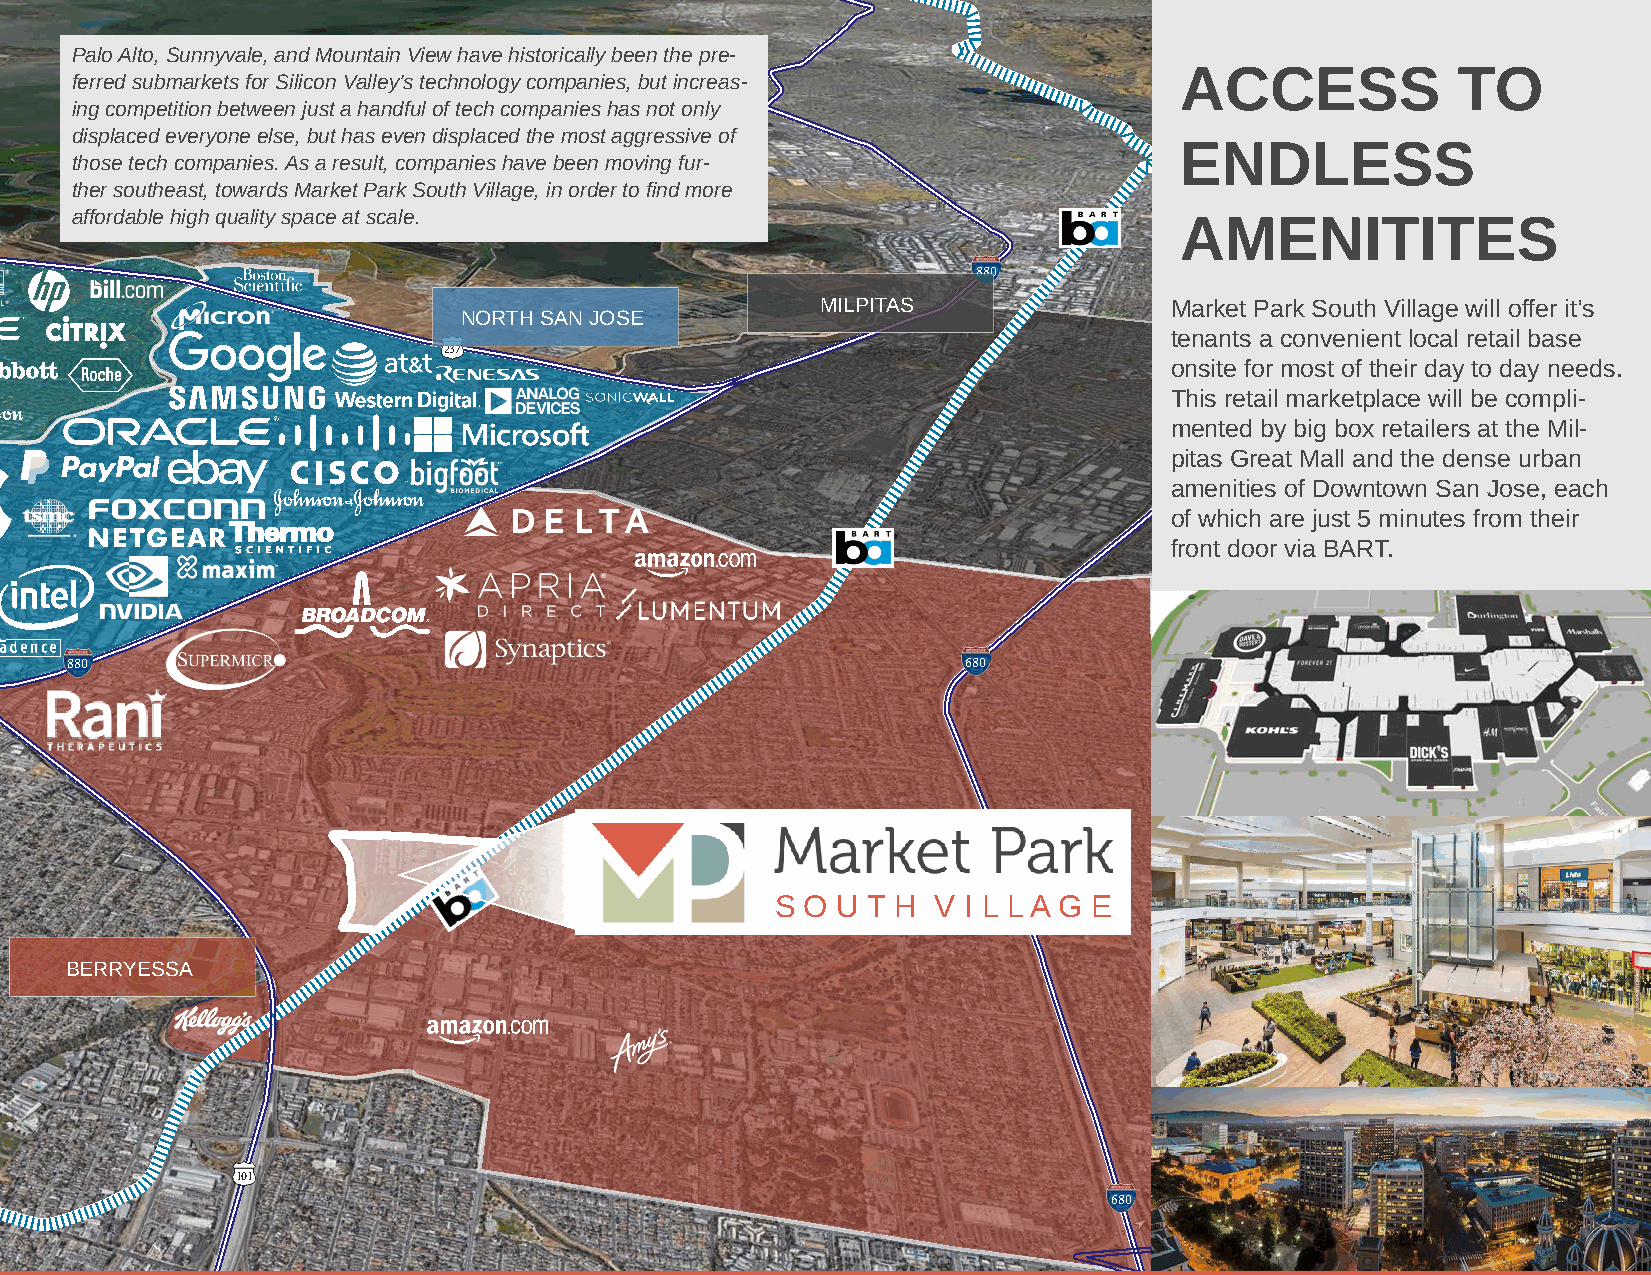
Palo Alto, Sunnyvale, and Mountain View have historically been the pre-
 MARKET   PARK  SOUTH  VILLAGE
 101
 ferred submarkets for Silicon Valley’s technology companies, but increas- ACCESS           TO
 ing competition between just a handful of tech companies has not only
 displaced everyone else, but has even displaced the most aggressive of
 ENDLESS
 those tech companies. As a result, companies have been moving fur-
 ther southeast, towards Market Park South Village, in order to find more
 affordable high quality space at scale.
 AMENITITES
 237
 880
 MILPITAS               Market Park South Village will offer it’s
 NORTH SAN JOSE
 tenants a convenient local retail base
 237
 onsite for most of their day to day needs.
 101                                                                          This retail marketplace will be compli-
 mented by big box retailers at the Mil-
 pitas Great Mall and the dense urban
 amenities of Downtown San Jose, each
 of which are just 5 minutes from their
 front door via BART.
 880
 880                                                         680
 87
 S O U T H  V I L L A G E
 BERRYESSA
 87
 101
 680
 9